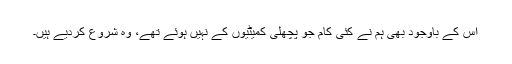
اس کے باوجود بھی ہم نے کئی کام جو پچھلی کمیٹیوں کے نہیں ہوئے تھے، وہ شروع کردیے ہیں۔